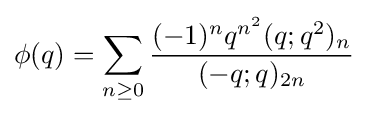
\phi (q)=\sum _{n\geq 0}{\frac {(-1)^{n}q^{n^{2}}(q;q^{2})_{n}}{(-q;q)_{2n}}}